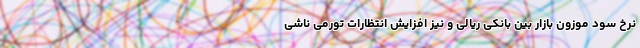
نرخ سود موزون بازار بین بانکی ریالی و نیز افزایش انتظارات تورمی ناشی